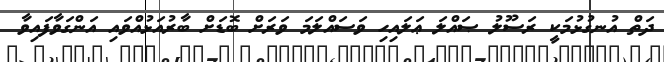
ދަތް އުނގުޅުމަކީ ރަސޫލު ޞައްލަ ޢަލައިހި ވަސައްލަމަ ވަރަށް ބޮޑަށް ބާރުއަޅުއްވައި އަންގަވާފައިވާ